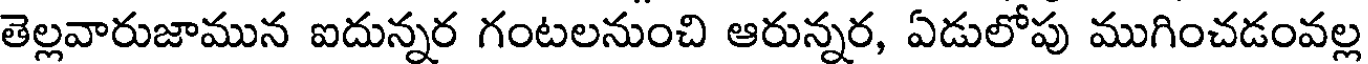
తెల్లవారుజామున ఐదున్నర గంటలనుంచి ఆరున్నర, ఏడులోపు ముగించడంవల్ల